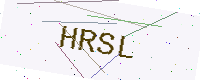
Text: HRSL